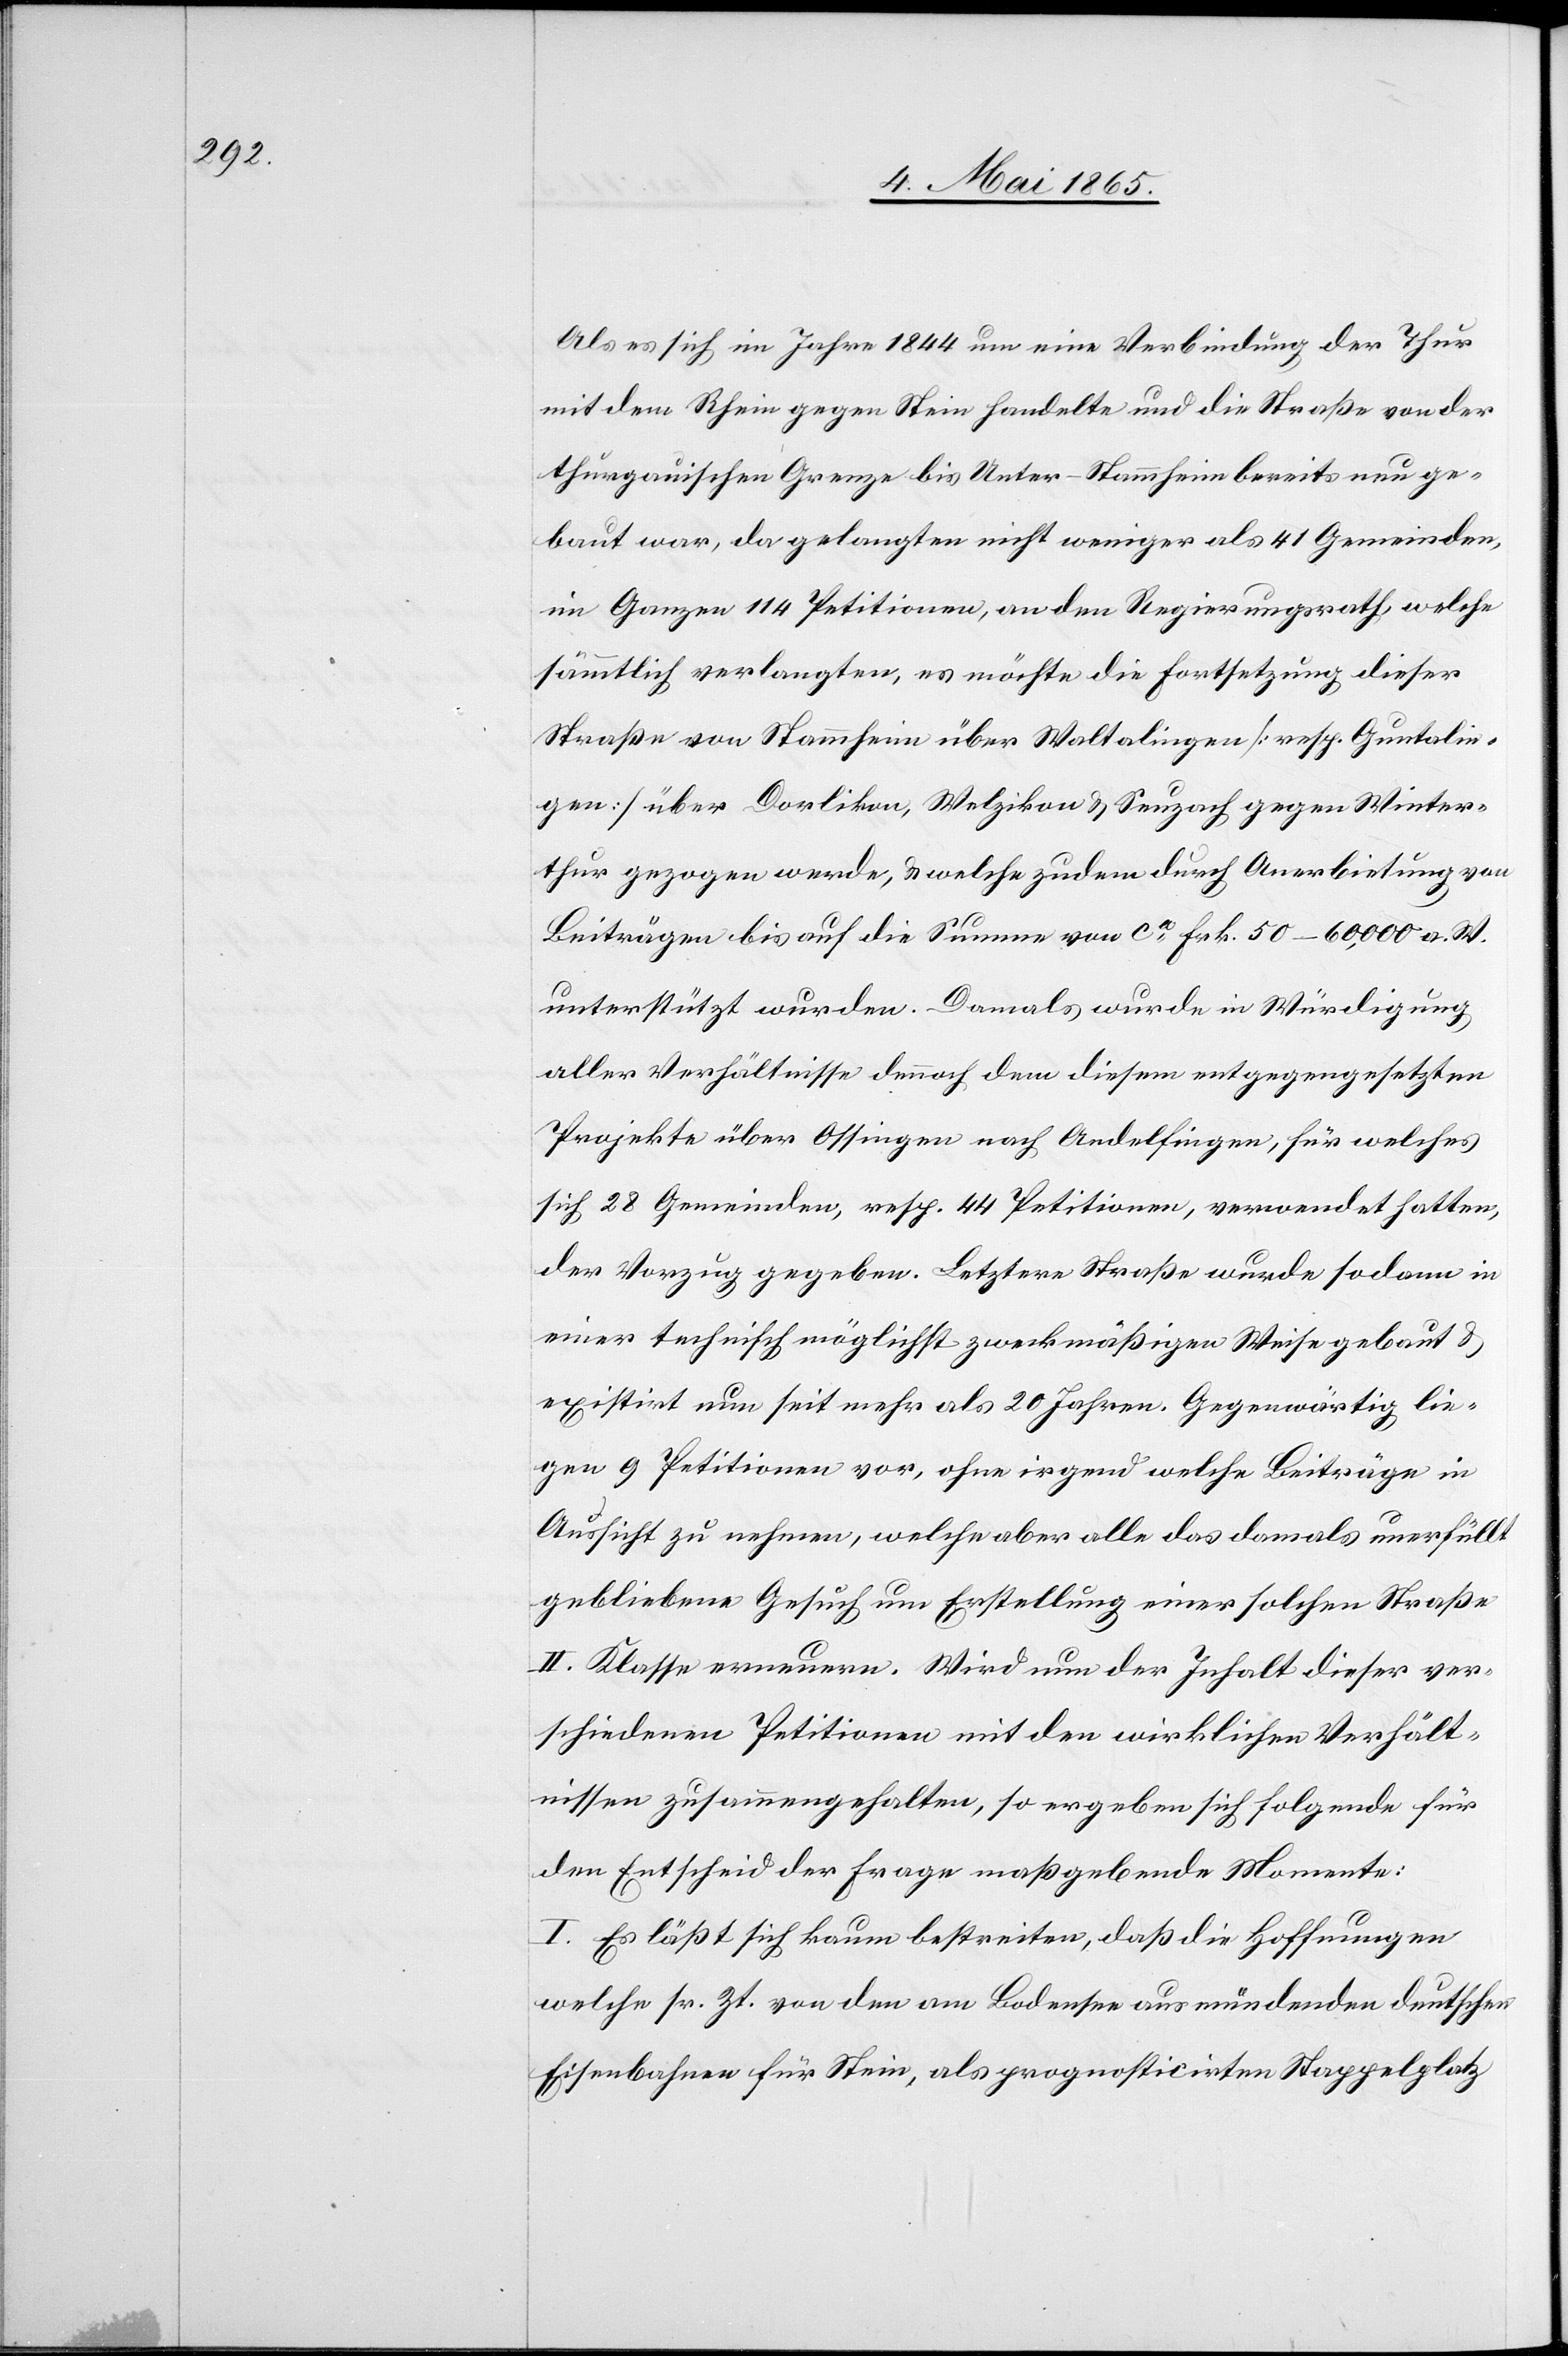
Als es sich im Jahre 1844 um eine Verbindung der Thur
mit dem Rhein gegen Stein handelte und die Straße von der
thurgauischen Grenze bis Unter-Stammheim bereits neu ge¬
baut war, da gelangten nicht weniger als 41 Gemeinden,
im Ganzen 114 Petitionen, an den Regierungsrath, welche
sämmtlich verlangten, es möchte die Fortsetzung dieser
Straße von Stammheim über Waltalingen [resp. Guntalin¬
gen] über Dorlikon, Welzikon & Seuzach gegen Winter¬
thur gezogen werden, & welche zudem durch Anerbietung von
Beiträgen bis auf die Summe von ca Frk. 50–60,000 a. W.
unterstützt wurden. Damals wurde in Würdigung
aller Verhältnisse dennoch dem diesem entgegengesetzten
Projekte über Ossingen nach Andelfingen, für welches
sich 28 Gemeinden, resp. 44 Petitionen, verwendet hatten,
der Vorzug gegeben. Letztere Straße wurde sodann in
einer technisch möglichst zweckmäßigen Weise gebaut &
existirt nun seit mehr als 20 Jahren. Gegenwärtig lie¬
gen 9 Petitionen vor, ohne irgend welche Beiträge in
Aussicht zu nehmen, welche aber alle das damals unerfüllt
gebliebene Gesuch um Erstellung einer solchen Straße
II. Klasse erneuern. Wird nun der Inhalt dieser ver¬
schiedenen Petitionen mit den wirklichen Verhält¬
nissen zusammengehalten, so ergeben sich folgende für
den Entscheid der Frage maßgebende Momente:
I. Es läßt sich kaum bestreiten, daß die Hoffnungen
welche sr. Zt. von den am Bodensee ausmündenden deutschen
Eisenbahnen für Stein, als prognosticirten Stappelplatz